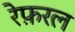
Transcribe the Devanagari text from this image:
रेफ़रल